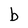
Character: b